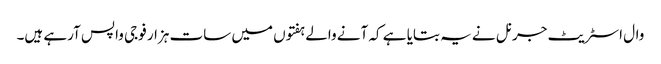
وال اسٹریٹ جرنل نے یہ بتایا ہے کہ آنے والے ہفتوں میں سات ہزار فوجی واپس آرہے ہیں۔